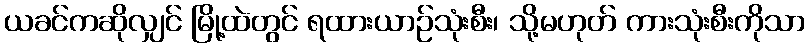
ယခင်ကဆိုလျှင် မြို့ထဲတွင် ရထားယာဉ်သုံးစီး၊ သို့မဟုတ် ကားသုံးစီးကိုသာ